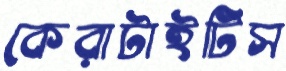
কেরাটাইটিস